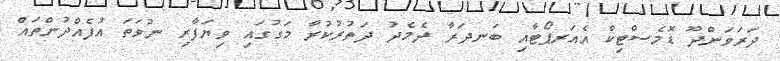
ދަރަވަންދޫ ޑޮމެސްޓިކް އެއަރޕޯޓާއި ބަނދަރާ ދެމެދު ދަތުރުކުރާ މަގުގައި ވިޔަފާރި ނުވަތަ އުފެއްދުންތައް